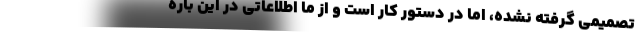
تصمیمی گرفته نشده، اما در دستور کار است و از ما اطلاعاتی در این باره